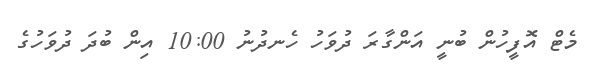
މެޓް އޮފީހުން ބުނީ އަންގާރަ ދުވަހު ހެނދުނު 10:00 އިން ބުދަ ދުވަހުގެ